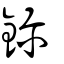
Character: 鑈